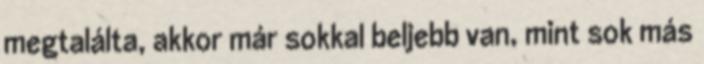
megtalálta, akkor már sokkal beljebb van, mint sok más